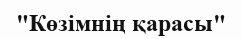
"Көзімнің қарасы"